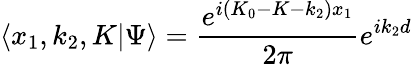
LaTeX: \langle x_{1},k_{2},K|\Psi\rangle=\frac{e^{i(K_{0}-K-k_{2})x_{1}}}{2\pi}e^{ik_{2}d}